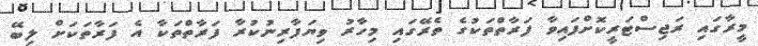
މީރާގައި ރަޖިސްޓަރީކޮށްފައިވާ ފަރާތްތަކުގެ ތެރޭގައި މިހާރު ވިޔަފާރިނުކުރާ ފަރާތްތަކާ އެ ފަރާތަކަށް ލިބޭ